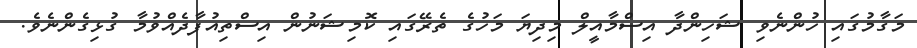
މަގާމުގައި ހުންނެވި ޝަހިންދާ އިސްމާއީލް މިދިޔަ މަހުގެ ތެރޭގައި ކޮމިޝަނުން އިސްތިއުފާދެއްވުމާ ގުޅިގެންނެވެ.